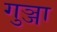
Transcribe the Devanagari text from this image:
गुञ्जा